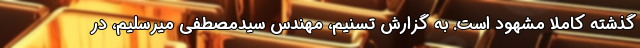
گذشته کاملا مشهود است. به گزارش تسنیم، مهندس سیدمصطفی میرسلیم، در